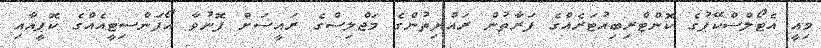
މިއީ އެޓޯލްސްކޭޕުގެ ކޮންޓްރިބިއުޓަރެއްގެ ފަރާތުން ރައްޔިތުންގެ މަޖްލިސްގެ ރައީސަށް ފޮނުވާ އޯޕަންސިޓީއެއްގެ ކޮޕީއާއި